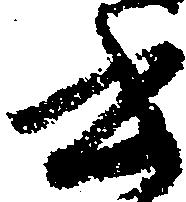
書